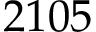
2 1 0 5